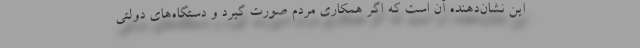
این نشان‌دهنده آن است که اگر همکاری مردم صورت گیرد و دستگاه‌های دولتی